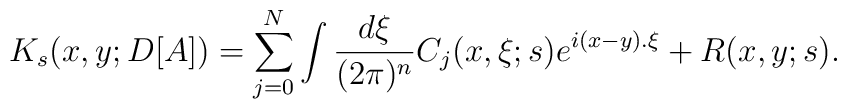
K_s(x,y;D[A])=\sum_{j=0}^{N}\int \frac{d\xi}{(2\pi)^n}C_j(x,\xi;s)e^{i(x-y).\xi}+ R(x,y;s).